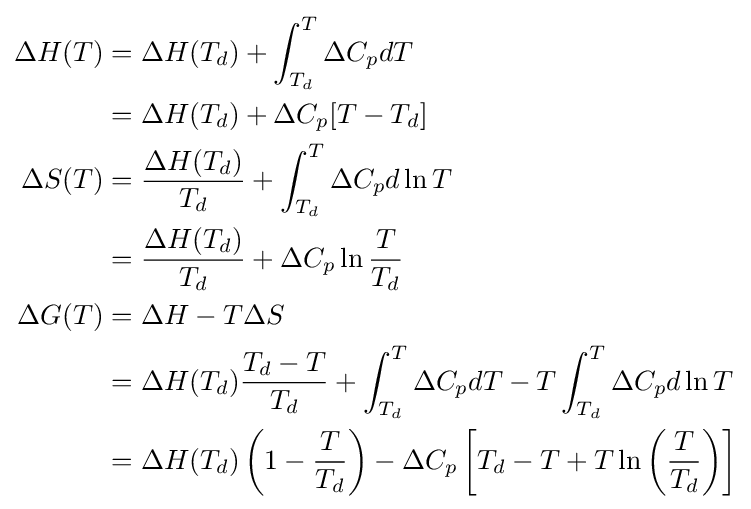
{\begin{aligned}\Delta H(T)&=\Delta H(T_{d})+\int _{T_{d}}^{T}\Delta C_{p}dT\\&=\Delta H(T_{d})+\Delta C_{p}[T-T_{d}]\\\Delta S(T)&={\frac {\Delta H(T_{d})}{T_{d}}}+\int _{T_{d}}^{T}\Delta C_{p}d\ln T\\&={\frac {\Delta H(T_{d})}{T_{d}}}+\Delta C_{p}\ln {\frac {T}{T_{d}}}\\\Delta G(T)&=\Delta H-T\Delta S\\&=\Delta H(T_{d}){\frac {T_{d}-T}{T_{d}}}+\int _{T_{d}}^{T}\Delta C_{p}dT-T\int _{T_{d}}^{T}\Delta C_{p}d\ln T\\&=\Delta H(T_{d})\left(1-{\frac {T}{T_{d}}}\right)-\Delta C_{p}\left[T_{d}-T+T\ln \left({\frac {T}{T_{d}}}\right)\right]\end{aligned}}